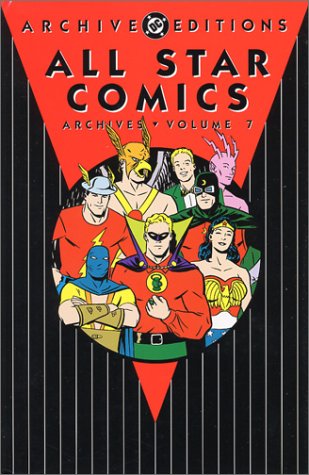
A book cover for All Star Comics - Archives, Volume 7; Gardner Fox; Comics & Graphic Novels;